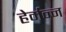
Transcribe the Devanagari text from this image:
हेर्मन्न